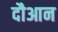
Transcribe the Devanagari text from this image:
दौआन